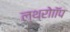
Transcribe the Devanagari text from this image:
ल्थ्रोाॉप